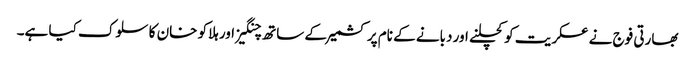
بھارتی فوج نے عسکریت کو کچلنے اور دبانے کے نام پر کشمیر کے ساتھ چنگیز اور ہلاکو خان کا سلوک کیا ہے۔